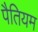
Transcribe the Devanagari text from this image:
पैतियम